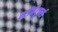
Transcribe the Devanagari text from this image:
स्टॉर्मट्रुपर्स